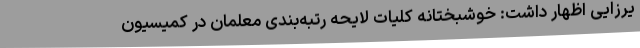
یرزایی اظهار داشت: خوشبختانه کلیات لایحه رتبه‌بندی معلمان در کمیسیون